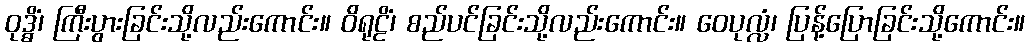
ဝုဒ္ဓိံ၊ ကြီးပွားခြင်းသို့လည်းကောင်း။ ဝိရုဠိံ၊ စည်ပင်ခြင်းသို့လည်းကောင်း။ ဝေပုလ္လံ၊ ပြန့်ပြောခြင်းသို့ကောင်း။